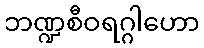
ဘဏ္ဍစီဝရဂ္ဂါဟော